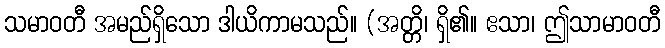
သမာဝတီ အမည်ရှိသော ဒါယိကာမသည်။ (အတ္တိ၊ ရှိ၏။ ဧသာ၊ ဤသာမာဝတီ